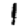
Digit: 1